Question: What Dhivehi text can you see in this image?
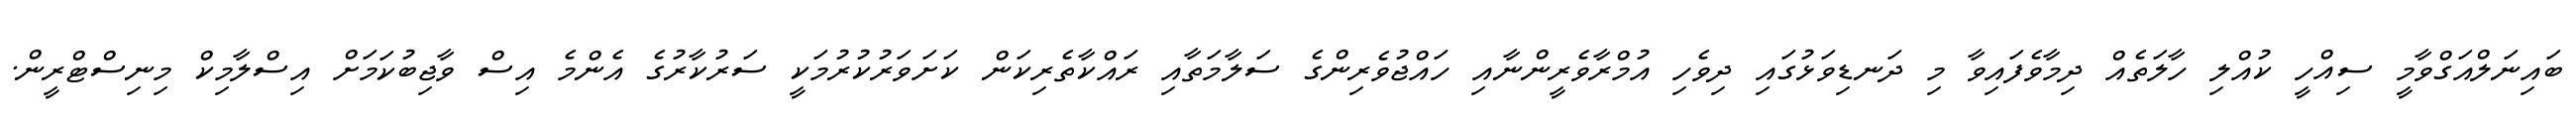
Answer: ބައިނަލްއަގްވާމީ ސިއްހީ ކުއްލި ހާލަތެއް ދިމާވެފައިވާ މި ދަނޑިވަޅުގައި ދިވެހި އުމްރާވެރީންނާއި ހައްޖުވެރިންގެ ސަލާމަތާއި ރައްކާތެރިކަން ކަށަވަރުކުރުމަކީ ސަރުކާރުގެ އެންމެ އިސް ވާޖިބުކަމަށް އިސްލާމިކް މިނިސްޓްރީން.